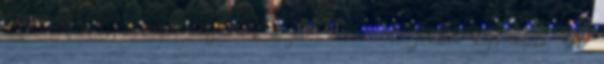
Weboldalunkon cookie-kat használunk a jobb működésért. További információ. 4V